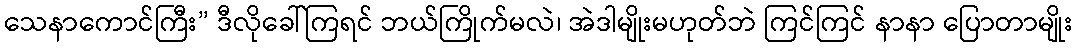
သေနာကောင်ကြီး” ဒီလိုခေါ်ကြရင် ဘယ်ကြိုက်မလဲ၊ အဲဒါမျိုးမဟုတ်ဘဲ ကြင်ကြင် နာနာ ပြောတာမျိုး